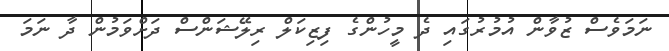
ނަމަވެސް ޒުވާން އުމުރުގައި ދެ މީހުންގެ ފިޒިކަލް ރިލޭޝަންސް ދަށްވަމުން ދާ ނަމަ